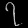
Digit: ၇